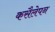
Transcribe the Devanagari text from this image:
कसैलेपन